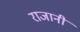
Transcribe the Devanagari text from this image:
राजानी